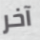
آخر